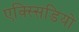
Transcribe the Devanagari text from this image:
एक्स्सिडियो